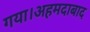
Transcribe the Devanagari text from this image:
गया।अहमदाबाद